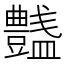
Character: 𧰞